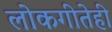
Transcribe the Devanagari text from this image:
लोकगीतेही